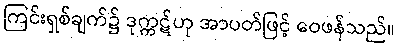
ကြင်းရှစ်ချက်၌ ဒုက္ကဋ်ဟု အာပတ်ဖြင့် ဝေဖန်သည်။